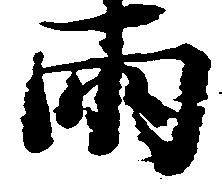
両